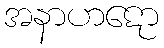
အနာဟဋော